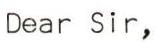
Dear Sir,